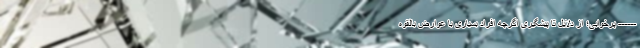
------ پرخوابی؛ از دلایل تا پیشگیری اگرچه افراد بسیاری با عوارض بالقوه